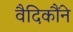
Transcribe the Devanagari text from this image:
वैदिकौंने